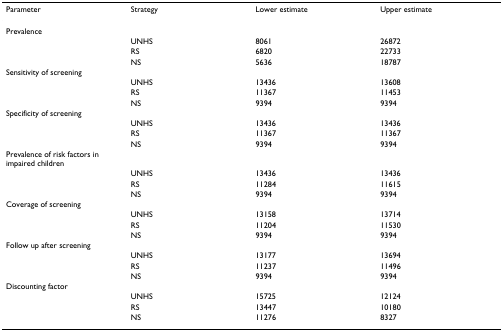
<table><thead><tr><td><b>Parameter</b></td><td><b>Strategy</b></td><td><b>Lower estimate</b></td><td><b>Upper estimate</b></td></tr></thead><tbody><tr><td>Prevalence</td><td>[EMPTY_CELL]</td><td>[EMPTY_CELL]</td><td>[EMPTY_CELL]</td></tr><tr><td>[EMPTY_CELL]</td><td>UNHS</td><td>8061</td><td>26872</td></tr><tr><td>[EMPTY_CELL]</td><td>RS</td><td>6820</td><td>22733</td></tr><tr><td>[EMPTY_CELL]</td><td>NS</td><td>5636</td><td>18787</td></tr><tr><td>Sensitivity of screening</td><td>[EMPTY_CELL]</td><td>[EMPTY_CELL]</td><td>[EMPTY_CELL]</td></tr><tr><td>[EMPTY_CELL]</td><td>UNHS</td><td>13436</td><td>13608</td></tr><tr><td>[EMPTY_CELL]</td><td>RS</td><td>11367</td><td>11453</td></tr><tr><td>[EMPTY_CELL]</td><td>NS</td><td>9394</td><td>9394</td></tr><tr><td>Specificity of screening</td><td>[EMPTY_CELL]</td><td>[EMPTY_CELL]</td><td>[EMPTY_CELL]</td></tr><tr><td>[EMPTY_CELL]</td><td>UNHS</td><td>13436</td><td>13436</td></tr><tr><td>[EMPTY_CELL]</td><td>RS</td><td>11367</td><td>11367</td></tr><tr><td>[EMPTY_CELL]</td><td>NS</td><td>9394</td><td>9394</td></tr><tr><td>Prevalence of risk factors in impaired children</td><td>[EMPTY_CELL]</td><td>[EMPTY_CELL]</td><td>[EMPTY_CELL]</td></tr><tr><td>[EMPTY_CELL]</td><td>UNHS</td><td>13436</td><td>13436</td></tr><tr><td>[EMPTY_CELL]</td><td>RS</td><td>11284</td><td>11615</td></tr><tr><td>[EMPTY_CELL]</td><td>NS</td><td>9394</td><td>9394</td></tr><tr><td>Coverage of screening</td><td>[EMPTY_CELL]</td><td>[EMPTY_CELL]</td><td>[EMPTY_CELL]</td></tr><tr><td>[EMPTY_CELL]</td><td>UNHS</td><td>13158</td><td>13714</td></tr><tr><td>[EMPTY_CELL]</td><td>RS</td><td>11204</td><td>11530</td></tr><tr><td>[EMPTY_CELL]</td><td>NS</td><td>9394</td><td>9394</td></tr><tr><td>Follow up after screening</td><td>[EMPTY_CELL]</td><td>[EMPTY_CELL]</td><td>[EMPTY_CELL]</td></tr><tr><td>[EMPTY_CELL]</td><td>UNHS</td><td>13177</td><td>13694</td></tr><tr><td>[EMPTY_CELL]</td><td>RS</td><td>11237</td><td>11496</td></tr><tr><td>[EMPTY_CELL]</td><td>NS</td><td>9394</td><td>9394</td></tr><tr><td>Discounting factor</td><td>[EMPTY_CELL]</td><td>[EMPTY_CELL]</td><td>[EMPTY_CELL]</td></tr><tr><td>[EMPTY_CELL]</td><td>UNHS</td><td>15725</td><td>12124</td></tr><tr><td>[EMPTY_CELL]</td><td>RS</td><td>13447</td><td>10180</td></tr><tr><td>[EMPTY_CELL]</td><td>NS</td><td>11276</td><td>8327</td></tr></tbody></table>